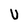
Character: U